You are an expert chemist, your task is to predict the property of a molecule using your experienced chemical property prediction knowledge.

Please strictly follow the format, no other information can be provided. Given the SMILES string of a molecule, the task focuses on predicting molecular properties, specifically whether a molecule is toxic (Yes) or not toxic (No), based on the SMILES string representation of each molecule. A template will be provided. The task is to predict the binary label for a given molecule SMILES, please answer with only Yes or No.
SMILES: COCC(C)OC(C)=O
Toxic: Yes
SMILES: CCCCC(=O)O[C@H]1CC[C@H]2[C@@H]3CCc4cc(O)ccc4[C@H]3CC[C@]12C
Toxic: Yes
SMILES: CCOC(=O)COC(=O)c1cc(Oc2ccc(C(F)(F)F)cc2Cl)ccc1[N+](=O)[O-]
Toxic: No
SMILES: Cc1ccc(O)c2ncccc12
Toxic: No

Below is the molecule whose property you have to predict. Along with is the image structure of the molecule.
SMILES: CC/C(=C(/CC)c1ccc(O)cc1)c1ccc(O)cc1
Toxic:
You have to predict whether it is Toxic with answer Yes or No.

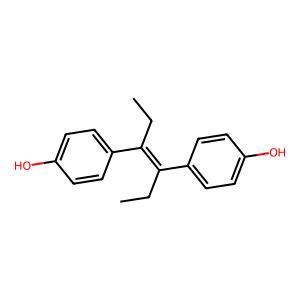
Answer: No